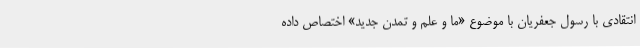
انتقادی با رسول جعفریان با موضوع «ما و علم و تمدن جدید» اختصاص داده